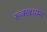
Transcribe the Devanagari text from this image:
रूक्खधम्म